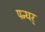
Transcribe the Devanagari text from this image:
पन्धर्